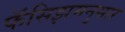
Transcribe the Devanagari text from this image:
फॅसिझमनुसार